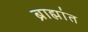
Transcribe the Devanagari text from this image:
ब्राह्मांत